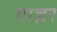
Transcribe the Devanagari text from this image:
गाज़र